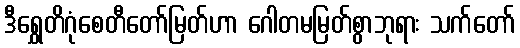
ဒီရွှေတိဂုံစေတီတော်မြတ်ဟာ ဂေါတမမြတ်စွာဘုရား သက်တော်